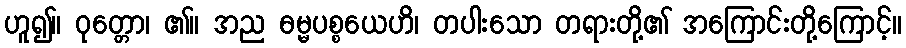
ဟူ၍။ ဝုတ္တော၊ ၏။ အည ဓမ္မပစ္စယေဟိ၊ တပါးသော တရားတို့၏ အကြောင်းတို့ကြောင့်။